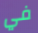
في